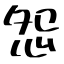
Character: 怨